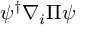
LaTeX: \psi ^ { \dagger } \nabla _ { i } \Pi \psi